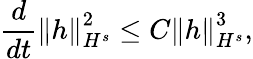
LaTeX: \frac{d}{dt}\left\| h\right\| _{H^{s}}^{2}\leq C\left\| h\right\| _{H^{s}}^{3},